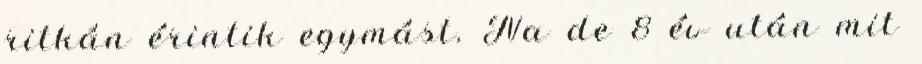
ritkán érintik egymást. Na de 8 év után mit